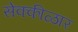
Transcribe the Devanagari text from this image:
सेक्कीळार